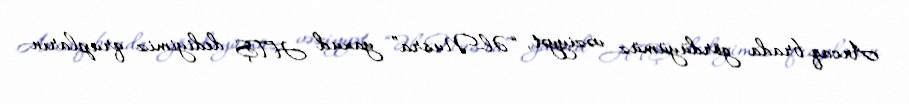
Ancaq brada gördüyümüz vəziyyət, “Əl-Nusra” yaxud HTŞ dediyimiz qrupların